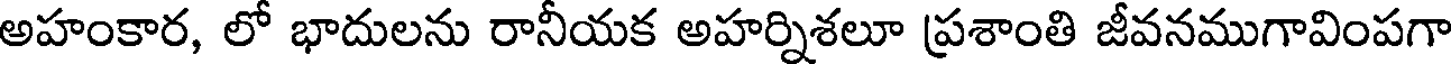
అహంకార, లో భాదులను రానీయక అహర్నిశలూ ప్రశాంతి జీవనముగావింపగా